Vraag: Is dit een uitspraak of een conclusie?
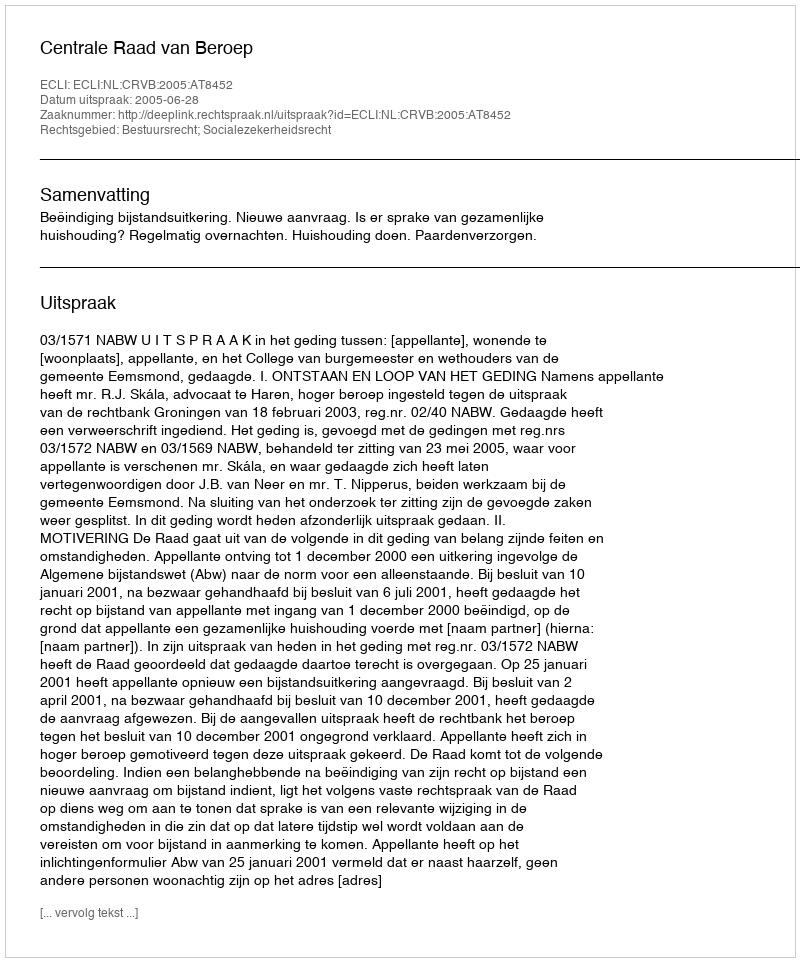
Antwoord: Uitspraak